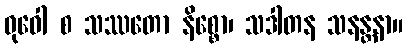
ဓုဝေါ စ သဿတော နိစ္စော၊ သဒါတန သနန္တနာ။